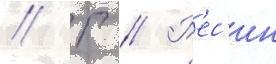
// Г // Р'ес'ин